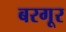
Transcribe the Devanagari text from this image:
बरगूर